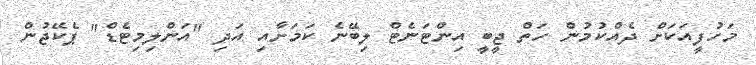
މަހުފީއަކަށް ދެއްކުމުން ހަތް ޖީބީ އިންޓަނެޓް ލިބޭނެ ކަމަށާއި އަދި "އަންލިމިޓެޑް" ޕެކޭޖުން